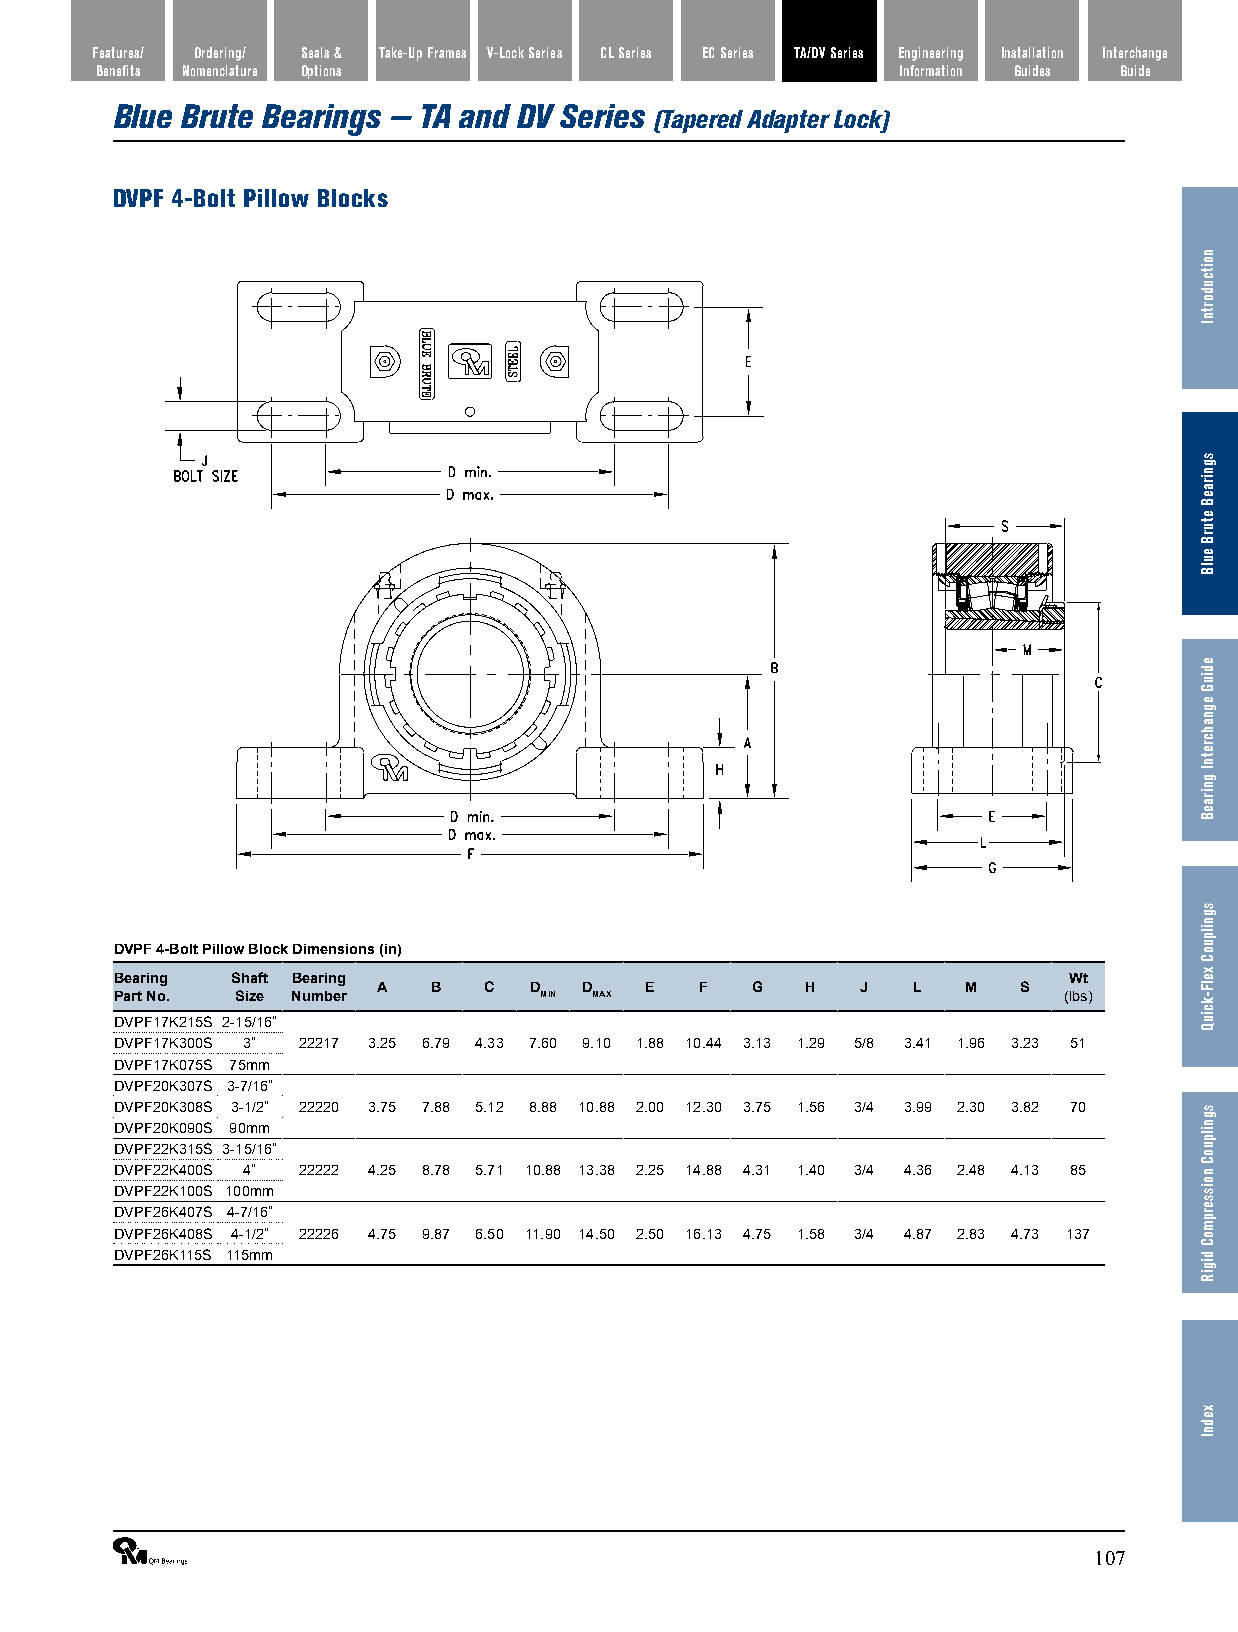
Features/ Ordering/ Seals & Take-Up Frames V-Lock Series CL Series EC Series TA/DV Series Engineering Installation Interchange
 Benefits Nomenclature Options                         Information Guides Guide
 Blue Brute Bearings — TA and DV Series
 (Tapered Adapter Lock)
 DVPF 4-Bolt Pillow Blocks
 DVPF 4-Bolt Pillow Block Dimensions (in)
 Bearing Shaft Bearing                                          Wt
 A   B  C  D   D   E  F   G  H   J  L   M   S
 Part No. Size Number        MIN MAX                           (lbs)
 DVPF17K215S 2-15/16”
 DVPF17K300S 3” 22217 3.25 6.79 4.33 7.60 9.10 1.88 10.44 3.13 1.29 5/8 3.41 1.96 3.23 51
 DVPF17K075S 75mm
 DVPF20K307S 3-7/16”
 DVPF20K308S 3-1/2” 22220 3.75 7.88 5.12 8.88 10.88 2.00 12.30 3.75 1.56 3/4 3.99 2.30 3.82 70
 DVPF20K090S 90mm
 DVPF22K315S 3-15/16”
 DVPF22K400S 4” 22222 4.25 8.78 5.71 10.88 13.38 2.25 14.88 4.31 1.40 3/4 4.36 2.48 4.13 85
 DVPF22K100S 100mm
 DVPF26K407S 4-7/16”
 DVPF26K408S 4-1/2” 22226 4.75 9.87 6.50 11.90 14.50 2.50 16.13 4.75 1.58 3/4 4.87 2.83 4.73 137
 DVPF26K115S 115mm
 ®                                                              107
 noitcudortnI
 sgniraeB
 eturB
 eulB
 ediuG
 egnahcretnI
 gniraeB
 sgnilpuoC
 xelF-kciuQ
 sgnilpuoC
 noisserpmoC
 digiR
 xednI